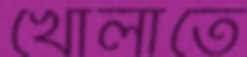
খোলাতে